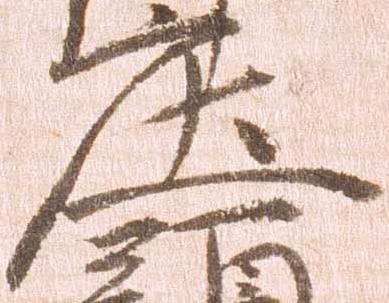
庄